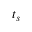
t _ { s }